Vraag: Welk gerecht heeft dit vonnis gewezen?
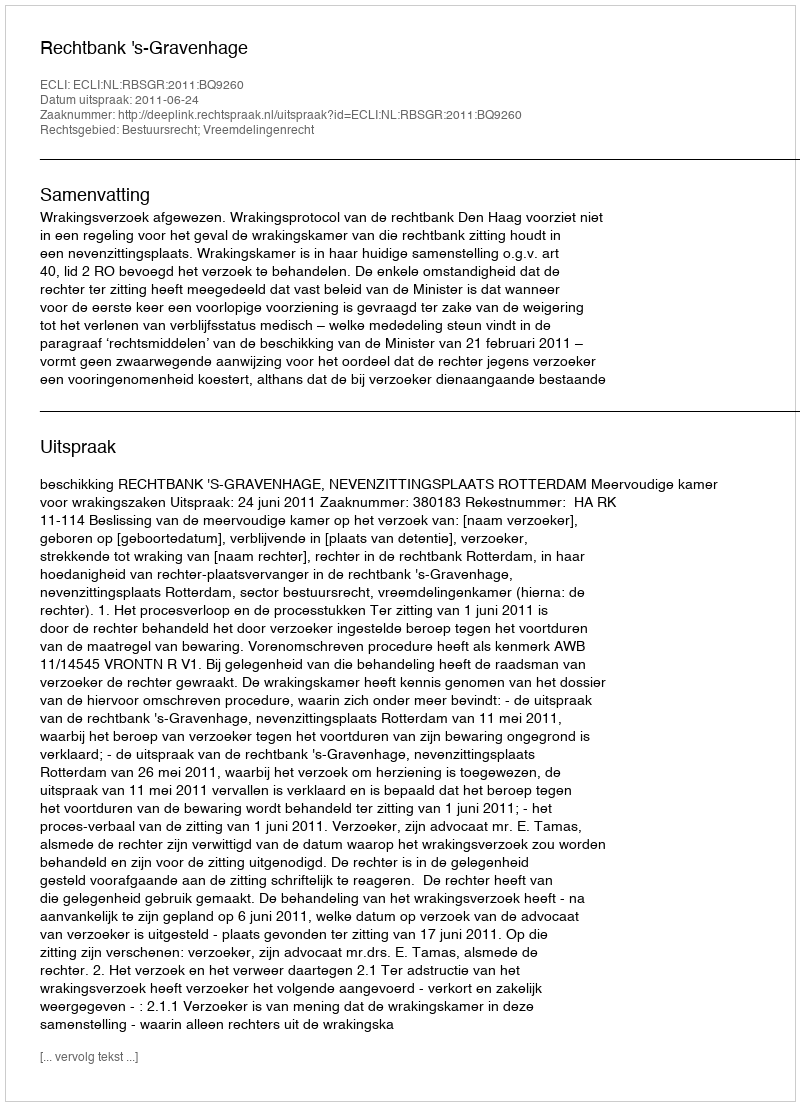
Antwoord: Rechtbank 's-Gravenhage